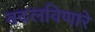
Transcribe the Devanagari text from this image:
बदलविणारे